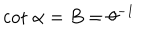
LaTeX: \mathrm { c o t } ~ \alpha = B = \theta ^ { - 1 }